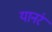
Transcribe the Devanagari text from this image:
यानंर